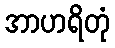
အာဟရိတုံ